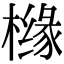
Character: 橼